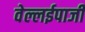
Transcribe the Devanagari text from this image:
वेल्लईपाजी